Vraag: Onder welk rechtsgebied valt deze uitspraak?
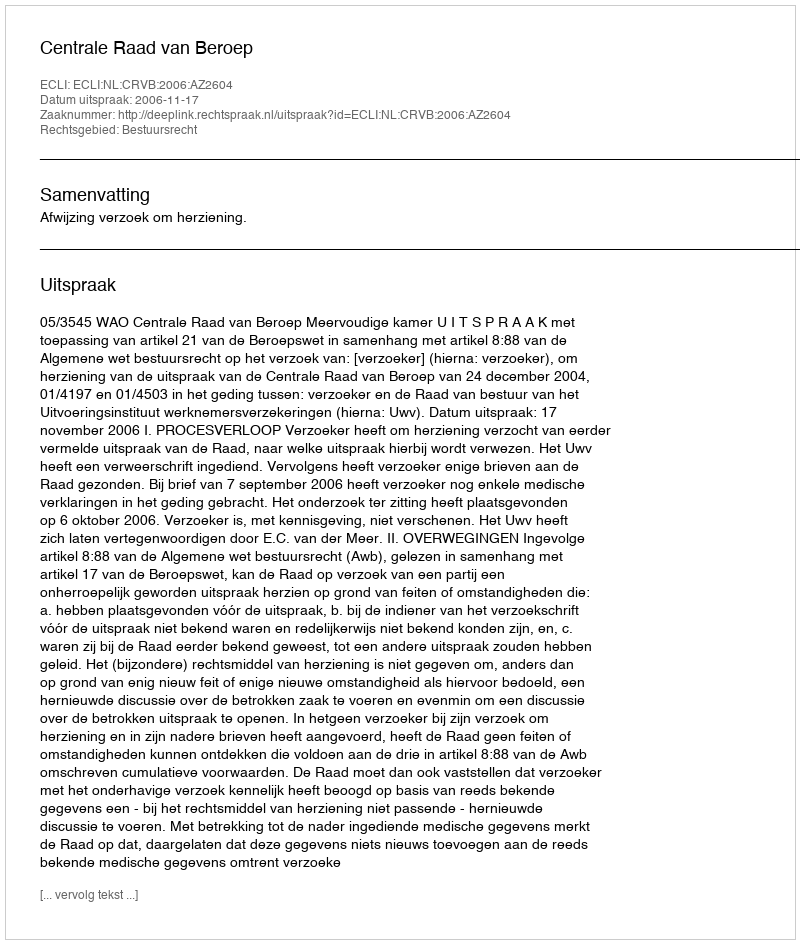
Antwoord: Bestuursrecht